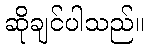
ဆိုချင်ပါသည်။